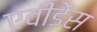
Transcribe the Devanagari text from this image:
एवीडेंस